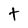
Character: T